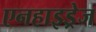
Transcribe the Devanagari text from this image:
एनहाइड्रेज